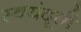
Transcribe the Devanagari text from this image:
स्वयंदूती